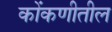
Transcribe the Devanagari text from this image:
कोंकणीतील